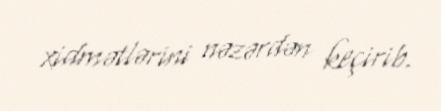
xidmətlərini nəzərdən keçirib.